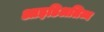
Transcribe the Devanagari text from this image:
आइडिअलिज्म